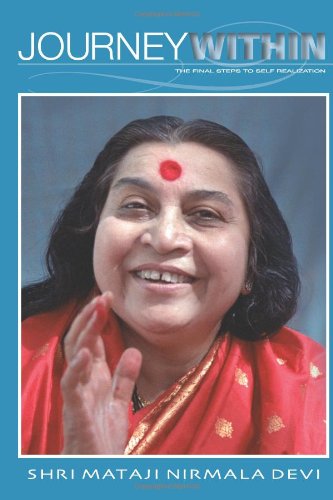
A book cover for Journey Within; Shri Mataji Nirmala Devi; Religion & Spirituality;